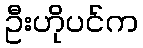
ဦးဟိုပင်က